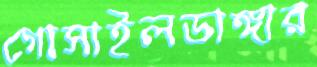
গোসাইলডাঙ্গার